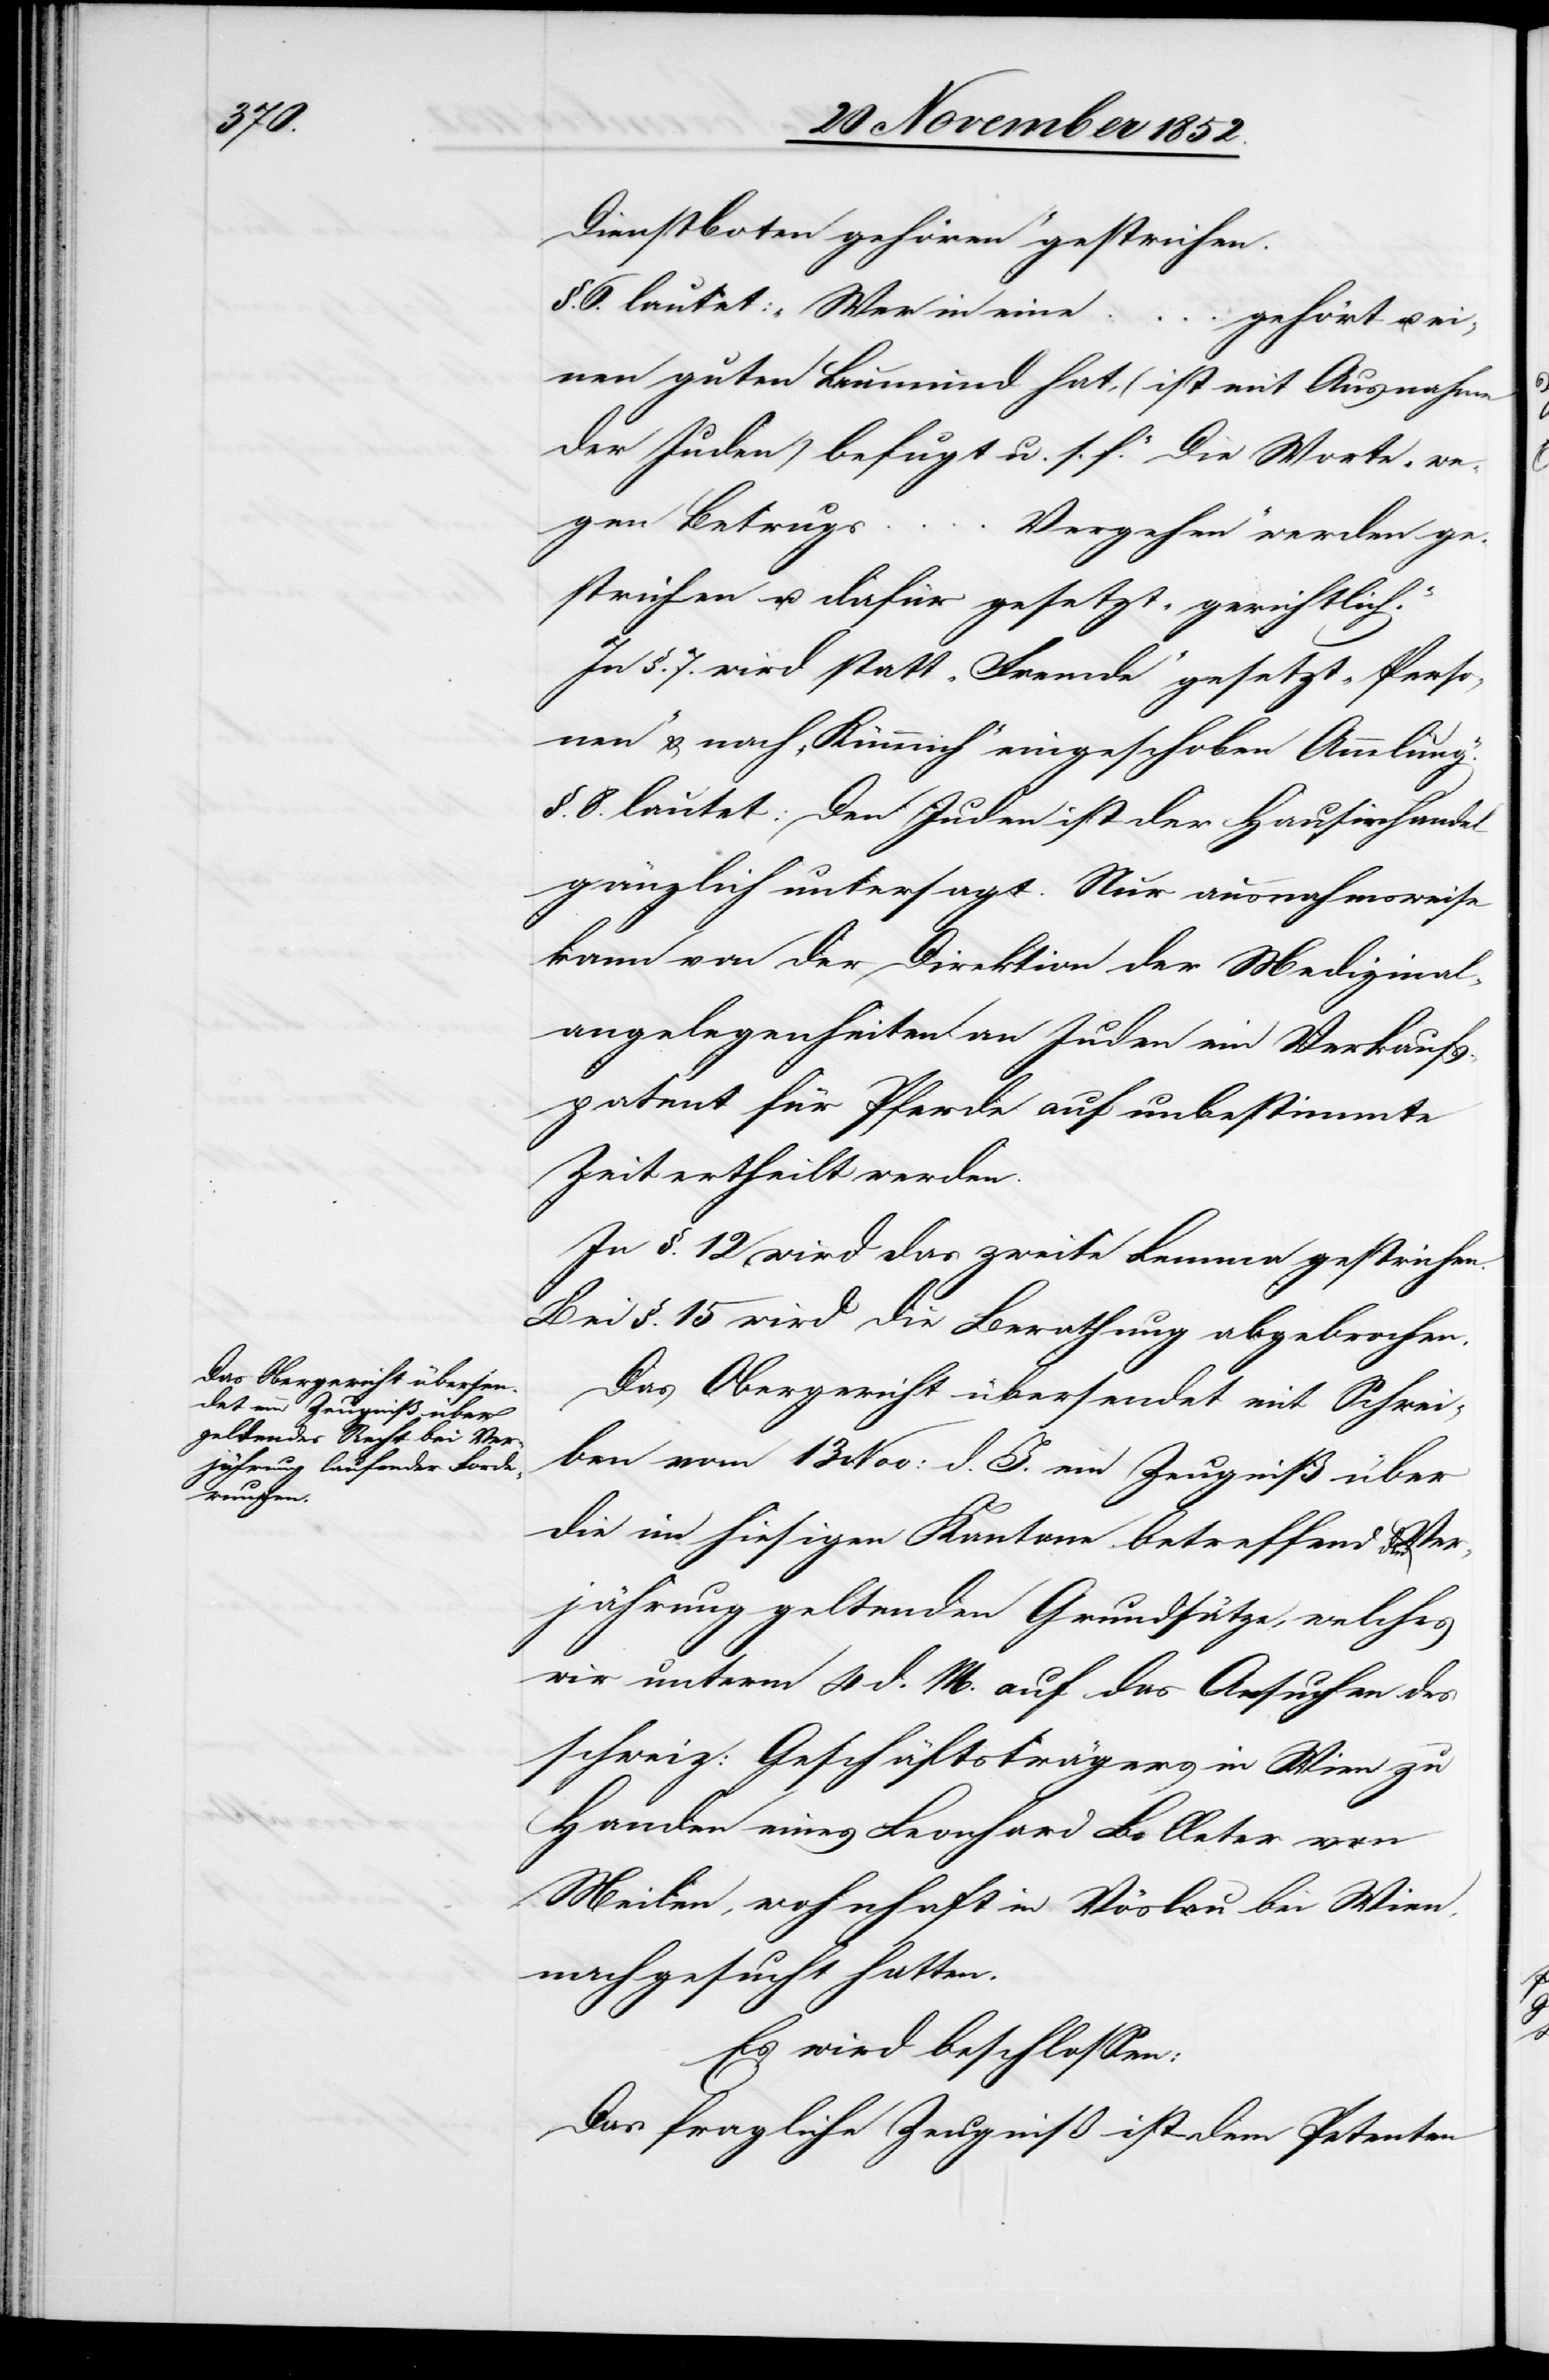
Dienstboten gehören“ gestrichen.
§. 6. lautet: „Wer in eine
… gehört u. ei¬
nen guten Leumund hat, (ist mit Ausnahme
der Juden) befugt u. s. f.“ Die Worte „we¬
gen Betrugs …
Vergehen“ werden ge¬
strichen u. dafür gesetzt „gerichtlich“.
In §. 7. wird statt „Fremde“ gesetzt „Perso¬
nen“ & nach „Kümmich“ eingeschoben [„]Ammlung“.
§. 8. lautet: Den Juden ist der Hausirhandel
gänzlich untersagt. Nur ausnahmsweise
kann von der Direktion der Medizinal¬
angelegenheiten an Juden ein Verkaufs¬
patent für Pferde auf unbestimmte
Zeit ertheilt werden.
In §. 12 wird das zweite Lemma gestrichen.
Bei §. 15 wird die Berathung abgebrochen.
Das Obergericht übersendet mit Schrei¬
ben vom 13 Nov: d. J. ein Zeugniß über
die im hiesigen Kantone betreffend die Ver¬
jährung geltenden Grundsätze, welches
wir unterm 4 d. M. auf das Ansuchen des
schweiz: Geschäftsträgers in Wien zu
Handen eines Leonhard Bolleter von
Meilen, wohnhaft in Vöslau bei Wien,
nachgesucht hatten.
Es wird beschlossen:
Das fragliche Zeugniß ist dem Petenten